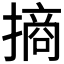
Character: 𢳣